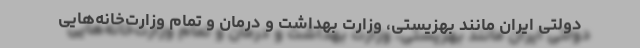
دولتی ایران مانند بهزیستی، وزارت بهداشت و درمان و تمام وزارت‌خانه‌هایی